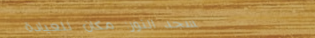
مسجد النور: مكان للعبادة